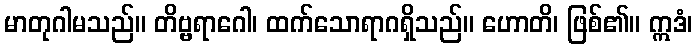
မာတုဂါမသည်။ တိဗ္ဗရာဂေါ၊ ထက်သောရာဂရှိသည်။ ဟောတိ၊ ဖြစ်၏။ ဣဒံ၊